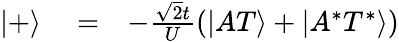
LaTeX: \begin{array}{rlr}{|+\rangle}&{{}=}&{-\frac{\sqrt{2}t}{U}\left(|AT\rangle+|A^{*}T^{*}\rangle\right)}\end{array}